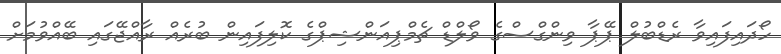
ހޯދައިފައިވާ ރެޑްބުލް ޕޭޕާ ވިންގްސްގެ ވޯލްޑް ޗެމްޕިއަންޝިޕްގެ ކޮލިފައިން ބުރެއް ރާއްޖޭގައި ބޭއްވުމަށް